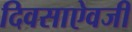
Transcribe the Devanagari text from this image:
दिवसाऐवजी